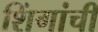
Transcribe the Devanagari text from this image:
शिंगांची